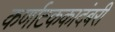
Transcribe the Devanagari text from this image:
कर्णाटककादंबरी